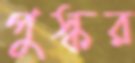
পুস্কর